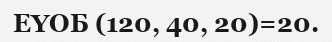
ЕҮОБ (120, 40, 20)=20.